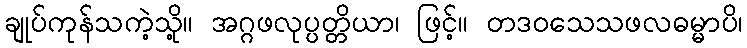
ချုပ်ကုန်သကဲ့သို့။ အဂ္ဂဖလုပ္ပတ္တိယာ၊ ဖြင့်။ တဒဝသေသဖလဓမ္မာပိ၊